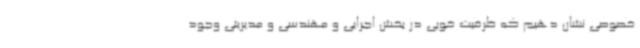
خصوصی نشان دهیم که ظرفیت خوبی در بخش اجرایی و مهندسی و مدیریتی وجود